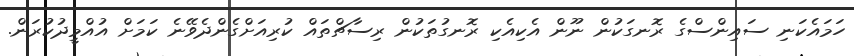
ހަމައެކަނި ސައިންސްގެ ރޮނގަކުން ނޫން އެކިއެކި ރޮނގުތަކުން ރިސާޗްތައް ކުރިއަށްގެންދެވޭނެ ކަމަށް އުއްމީދުކުރަން.